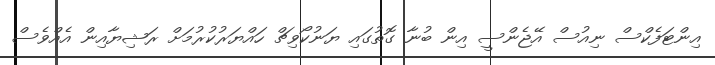
އިންޓަފެކްސް ނިއުސް އޭޖެންސީ އިން ބުނާ ގޮތުގައި ޔަނުކޯވިޗް ހައްޔަރުކުރުމަށް ރަޝިޔާއިން އެއްވެސް